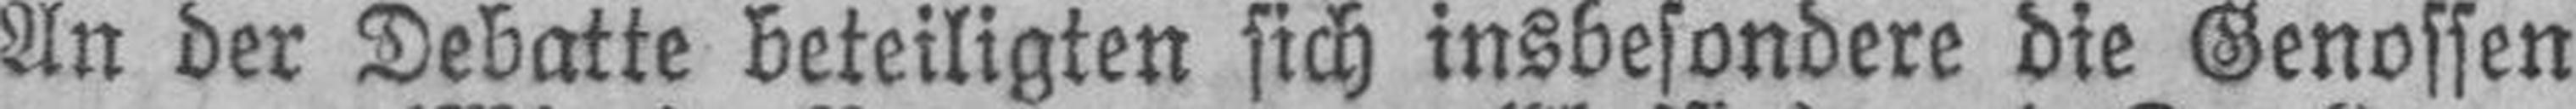
An der Debatte beteiligten sich insbesondere die Genossen